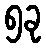
၅ခု